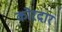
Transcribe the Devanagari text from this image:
कोरदार